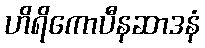
ဟိရိကောပီနဆာဒနံ